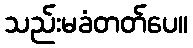
သည်းမခံတတ်ပေ။